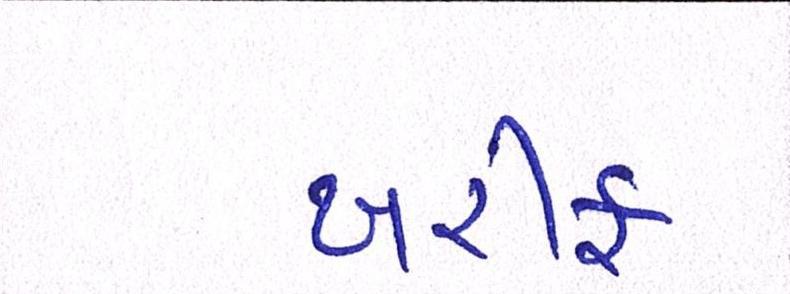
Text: ખરીફ